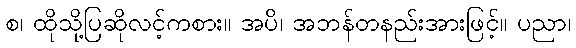
စ၊ ထိုသို့ပြဆိုလင့်ကစား။ အပိ၊ အဘန်တနည်းအားဖြင့်။ ပညာ၊